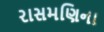
રાસમણિના